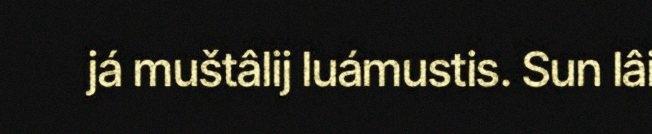
já muštâlij luámustis. Sun lâi